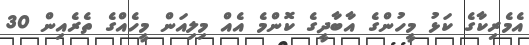
އެމެރިކާގެ ކަޅު މީހުންގެ އާބާދީގެ ކޮންމެ އެއް މިލިއަން މީހެއްގެ ތެރެއިން 30